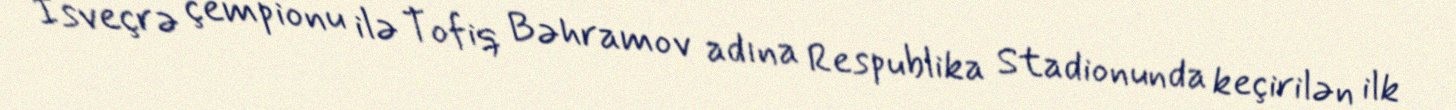
İsveçrə çempionu ilə Tofiq Bəhramov adına Respublika Stadionunda keçirilən ilk